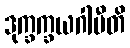
ဒုက္ခက္ခယဂါမီတိ